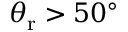
\theta _ { \mathrm { r } } > 5 0 ^ { \circ }